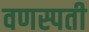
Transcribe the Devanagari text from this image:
वणस्पती